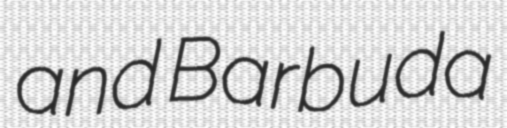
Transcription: and Barbuda